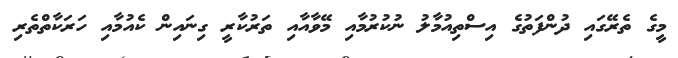
މީގެ ތެރޭގައި ދުންފަތުގެ އިސްތިއުމާލު ނުކުރުމާއި މޭވާއާއި ތަރުކާރީ ގިނައިން ކެއުމާއި ހަރަކާތްތެރި